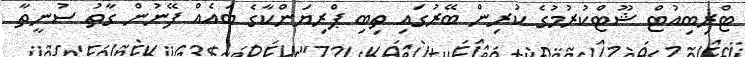
ޓްރިބިއުޓް ޝޫޓްކުރުމުގެ ކުރިން ބޭރުގައި ތިބި ޕްރިޔަންކާގެ ބައެއް ފޭނުން ގާތުު ސުނީތާ